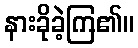
နားခိုခဲ့ကြ၏။